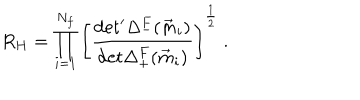
R _ { H } = \prod _ { i = 1 } ^ { N _ { f } } \left[ \frac { \mathrm { d e t ^ { \prime } } \Delta _ { - } ^ { F } ( \vec { m } _ { i } ) } { \mathrm { d e t } \Delta _ { + } ^ { F } ( \vec { m } _ { i } ) } \right] ^ { \frac { 1 } { 2 } } \ .